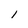
Character: 1